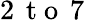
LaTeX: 2\, \mathrm{~t~o~}\, 7\